Plague in India, 1896, 1897 - Volume 3
Year: 1896
Disease focus: Plague
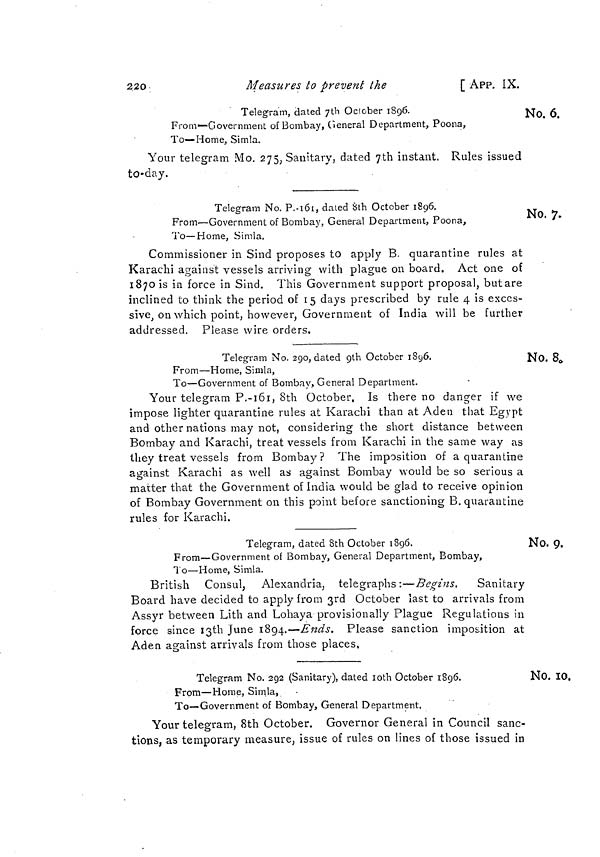
220
Measures to prevent the
[ APP. IX.
No. 6.
Telegram, dated 7th October 1896.
From—Government of Bombay, General Department, Poona,
To— Home, Simla.
Your telegram Mo. 275, Sanitary, dated 7th instant. Rules issued
to-day.
No. 7.
Telegram No. P.-161, dated 8th October 1896.
From—Government of Bombay, General Department, Poona,
To—Home, Simla,
Commissioner in Sind proposes to apply B. quarantine rules at
Karachi against vessels arriving with plague on board. Act one of
1870 is in force in Sind. This Government support proposal, butare
inclined to think the period of 15 days prescribed by rule 4 is exces-
sive, on which point, however, Government of India will be further
addressed. Please wire orders.
No. 8.
Telegram No. 290, dated 9th October 1896.
From—Home, Simla,
To—Government of Bombay, General Department.
Your telegram P.-161, 8th October. Is there no danger if we
impose lighter quarantine rules at Karachi than at Aden that Egypt
and other nations may not, considering the short distance between
Bombay and Karachi, treat vessels from Karachi in the same way as
they treat vessels from Bombay? The imposition of a quarantine
against Karachi as well as against Bombay would be so serious a
matter that the Government of India would be glad to receive opinion
of Bombay Government on this point before sanctioning B. quarantine
rules for Karachi.
No. 9.
Telegram, dated 8th October 1896.
From—Government of Bombay, General Department, Bombay,
To—Home, Simla.
British Consul, Alexandria, telegraphs:—Begins. Sanitary
Board have decided to apply from 3rd October last to arrivals from
Assyr between Lith and Lohaya provisionally Plague Regulations in
force since 13th June 1894.—-Ends. Please sanction imposition at
Aden against arrivals from those places.
No. 10.
Telegram No. 292 (Sanitary), dated 10th October 1896.
From—Home, Simla,
To—Government of Bombay, General Department.
Your telegram, 8th October. Governor General in Council sanc-
tions, as temporary measure, issue of rules on lines of those issued in